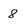
Character: 8